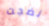
نضجت